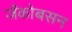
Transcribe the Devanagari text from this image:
जॅकोबसन